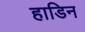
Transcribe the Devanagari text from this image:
हाडिन